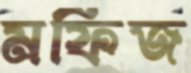
মফিজ